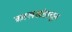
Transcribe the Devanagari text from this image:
कालखंडातून